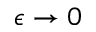
\epsilon \to 0